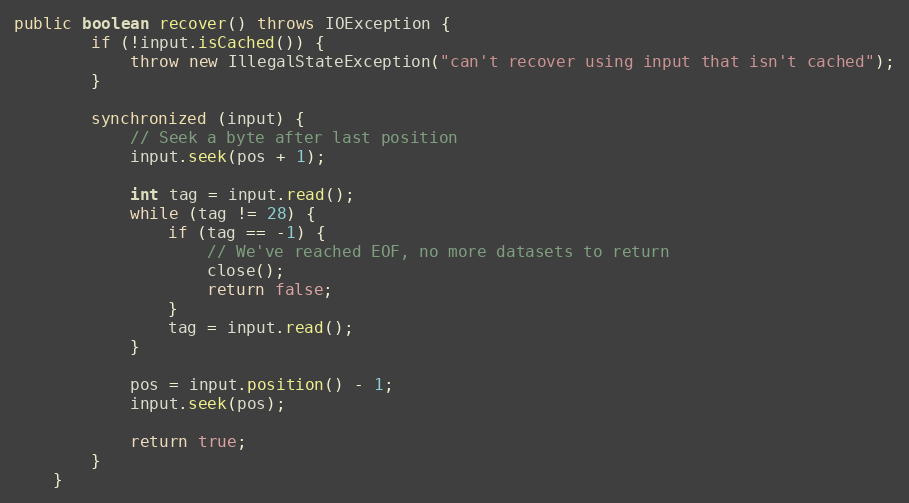
Language: Java
public boolean recover() throws IOException {
		if (!input.isCached()) {
			throw new IllegalStateException("can't recover using input that isn't cached");
		}

		synchronized (input) {
			// Seek a byte after last position
			input.seek(pos + 1);

			int tag = input.read();
			while (tag != 28) {
				if (tag == -1) {
					// We've reached EOF, no more datasets to return
					close();
					return false;
				}
				tag = input.read();
			}

			pos = input.position() - 1;
			input.seek(pos);

			return true;
		}
	}